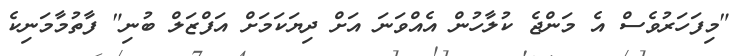
"މިފަހަރުވެސް އެ މަންޖެ ކުލާހުން އެއްވަނަ އަށް ދިޔަކަމަށް އަފްޒަލް ބުނި" ފާތުމާމަނިކެ